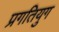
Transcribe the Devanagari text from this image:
प्रगतियुग